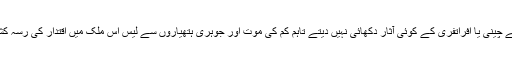
اگرچہ دارالحکومت پیونگ یانگ کی سوگوار سڑکوں پر بے چینی یا افراتفری کے کوئی آثار دکھائی نہیں دیتے تاہم کِم کی موت اور جوہری ہتھیاروں سے لیس اِس ملک میں اقتدار کی رسہ کشی کے امکان نے خطے میں تشویش کی لہر دوڑا دی ہے۔